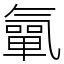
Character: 㲷